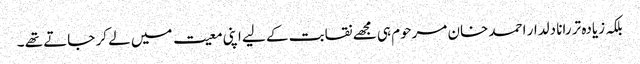
بلکہ زیادہ تر رانا دلدار احمد خان مرحوم ہی مجھے نقابت کے لیے اپنی معیت میں لے کر جاتے تھے ۔